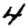
Digit: 4